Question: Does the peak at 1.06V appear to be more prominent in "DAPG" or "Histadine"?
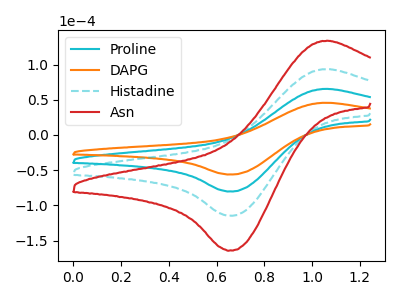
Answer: <think>The cyan curve "Proline" has an anodic peak at (1.05V, 65.50uA) and a cathodic peak at (0.65V, -80.45uA). The orange curve "DAPG" has an anodic peak at (1.05V, 45.80uA) and a cathodic peak at (0.65V, -56.25uA). The cyan dashed curve "Histadine" has an anodic peak at (1.05V, 131.00uA) and a cathodic peak at (0.65V, -160.90uA). The red curve "Asn" has an anodic peak at (1.05V, 196.50uA) and a cathodic peak at (0.65V, -241.35uA).</think>
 <answer>The peak at 1.06V is lower in "DAPG" than in "Histadine".</answer>
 <eval>lower</eval>